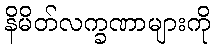
နိမိတ်လက္ခဏာများကို